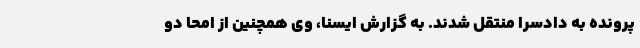
پرونده به دادسرا منتقل شدند. به گزارش ایسنا، وی همچنین از امحا دو